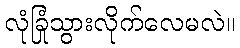
လုံခြုံသွားလိုက်လေမလဲ။